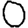
Digit: 0